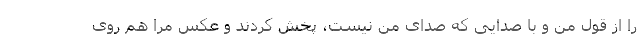
را از قول من و با صدایی که صدای من نیست، پخش کردند و عکس مرا هم روی